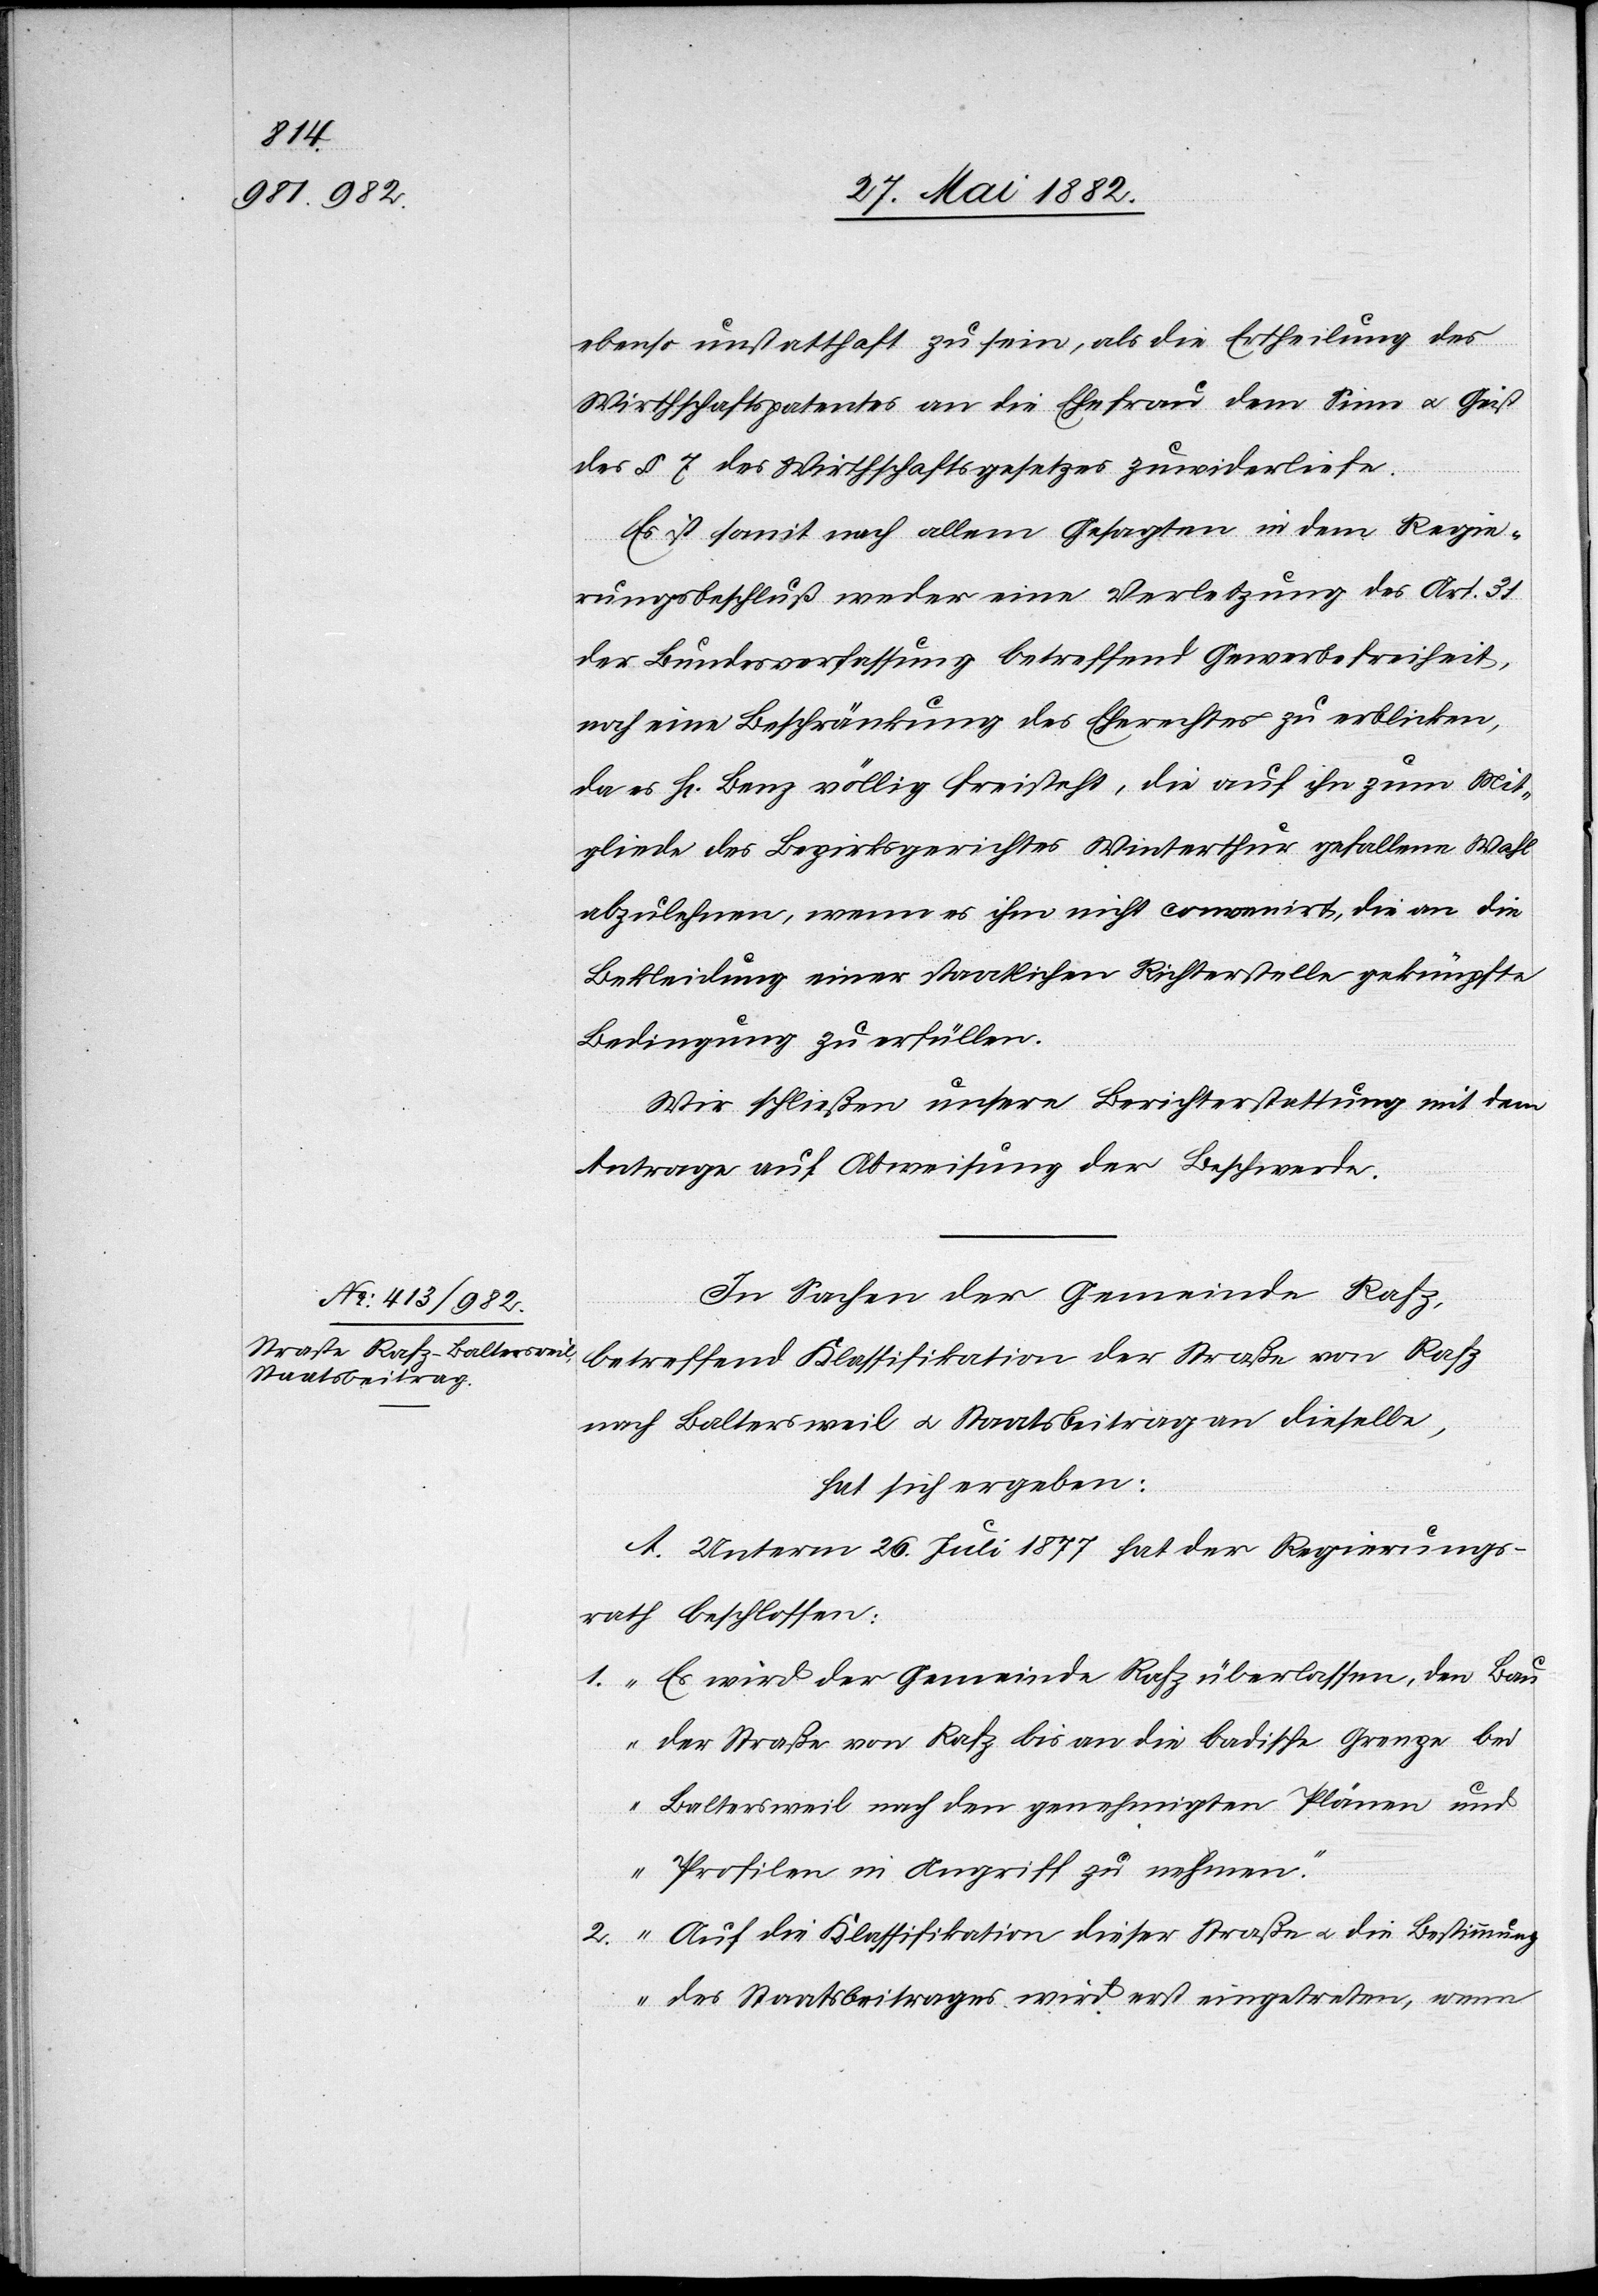
ebenso unstatthaft zu sein, als die Ertheilung des
Wirthschaftspatentes an die Ehefrau dem Sinn u. Geist
des § 7 des Wirthschaftsgesetzes zuwiderliefe.
Es ist somit nach allem Gesagten in dem Regie¬
rungsbeschluß weder eine Verletzung des Art. 31
der Bundesverfassung betreffend Gewebefreiheit,
noch eine Beschränkung des Eherechtes zu erblicken,
da es Hr. Benz völlig freisteht, die auf ihn zum Mit¬
gliede des Bezirksgerichtes Winterthur gefallene Wahl
abzulehnen, wenn es ihm nicht convenirt, die an die
Bekleidung einer staatlichen Richterstelle geknüpfte
Bedingung zu erfüllen.
Wir schließen unsere Berichterstattung mit dem
Antrage auf Abweisung der Beschwerde.“
In Sachen der Gemeinde Rafz,
betreffend Klassifikation der Straße von Rafz
nach Baltersweil u. Staatsbeitrag an dieselbe,
hat sich ergeben:
A. Unterm 26. Juli 1877 hat der Regierungs¬
rath beschlossen:
„1. Es wird der Gemeinde Rafz überlassen, den Bau
der Straße von Rafz bis an die badische Grenze bei
Baltersweil nach den genehmigten Plänen und
Profilen in Angriff zu nehmen.
2. Auf die Klassifikation dieser Straße u. die Bestimmung
des Staatsbeitrages wird erst eingetreten, wenn